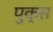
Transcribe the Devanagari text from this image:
पुक्स